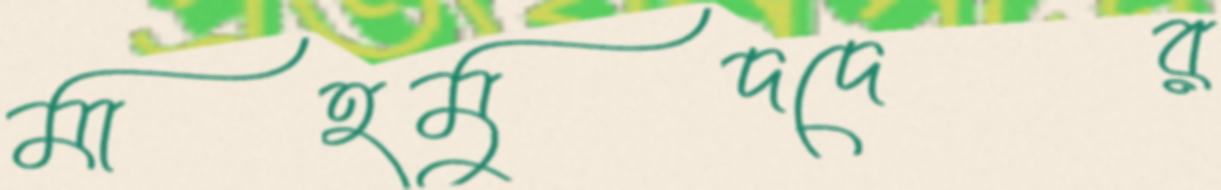
মাহমুদদের